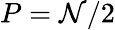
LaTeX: P=\mathcal{N}/2